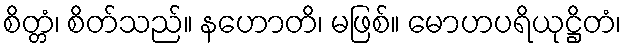
စိတ္တံ၊ စိတ်သည်။ နဟောတိ၊ မဖြစ်။ မောဟပရိယုဋ္ဌိတံ၊